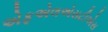
એફએલએસટીએસ